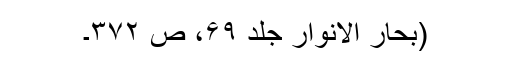
(بحار الانوار جلد ۶۹، ص ۳۷۲۔